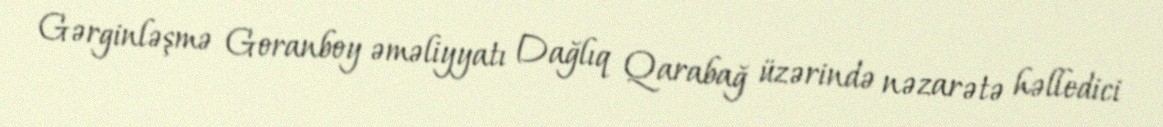
Gərginləşmə Goranboy əməliyyatı Dağlıq Qarabağ üzərində nəzarətə həlledici